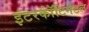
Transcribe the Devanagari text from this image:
इंटरकॉंटिनेंटल